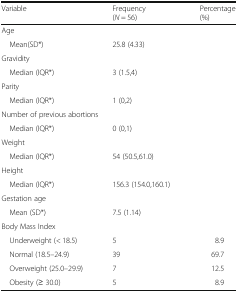
| Variable | Frequency(N = 56) | Percentage(%) |
 | --- | --- | --- |
 | <COLSPAN=3> Age |
 | Mean(SD*) | 25.8 (4.33) |  |
 | <COLSPAN=3> Gravidity |
 | Median (IQR*) | 3 (1.5,4) |  |
 | <COLSPAN=3> Parity |
 | Median (IQR*) | 1 (0,2) |  |
 | <COLSPAN=3> Number of previous abortions |
 | Median (IQR*) | 0 (0,1) |  |
 | <COLSPAN=3> Weight |
 | Median (IQR*) | 54 (50.5,61.0) |  |
 | <COLSPAN=3> Height |
 | Median (IQR*) | 156.3 (154.0,160.1) |  |
 | <COLSPAN=3> Gestation age |
 | Mean (SD*) | 7.5 (1.14) |  |
 | <COLSPAN=3> Body Mass Index |
 | Underweight (< 18.5) | 5 | 8.9 |
 | Normal (18.5–24.9) | 39 | 69.7 |
 | Overweight (25.0–29.9) | 7 | 12.5 |
 | Obesity (≥ 30.0) | 5 | 8.9 |